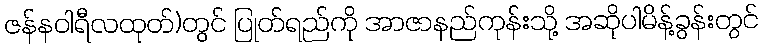
ဇန်နဝါရီလထုတ်)တွင် ပြုတ်ရည်ကို အာဇာနည်ကုန်းသို့ အဆိုပါမိန့်ခွန်းတွင်